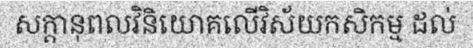
សក្តានុពលវិនិយោគលើវិស័យកសិកម្ម ដល់